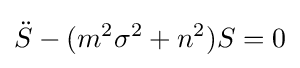
{\ddot {S}}-(m^{2}\sigma ^{2}+n^{2})S=0